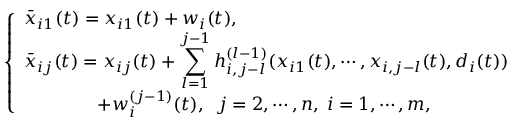
\left\{ \begin{array} { l l } { \bar { x } _ { i 1 } ( t ) = x _ { i 1 } ( t ) + w _ { i } ( t ) , } \\ { \bar { x } _ { i j } ( t ) = x _ { i j } ( t ) + \displaystyle \sum _ { l = 1 } ^ { j - 1 } h _ { i , j - l } ^ { ( l - 1 ) } ( x _ { i 1 } ( t ) , \cdots , x _ { i , j - l } ( t ) , d _ { i } ( t ) ) } \\ { \qquad \qquad + w _ { i } ^ { ( j - 1 ) } ( t ) , \; \; j = 2 , \cdots , n , \; i = 1 , \cdots , m , } \end{array} \right.